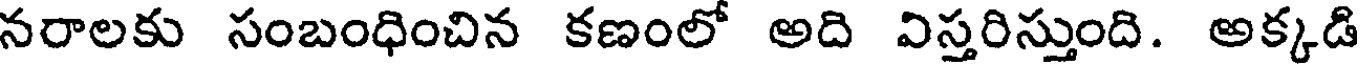
నరాలకు సంబంధించిన కణంలో అది విస్తరిస్తుంది. అక్కడి